Civil Veterinary Department Bengal reports 1933-51 - 1933-1951
Year: 1933
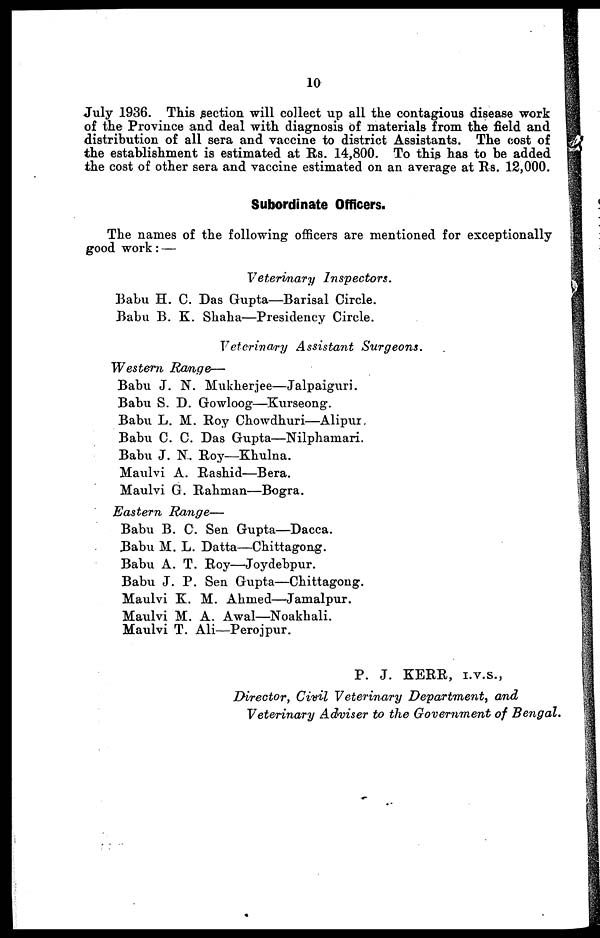
10
July 1936. This section will collect up all the contagious disease work
of the Province and deal with diagnosis of materials from the field and
distribution of all sera and vaccine to district Assistants. The cost of
the establishment is estimated at Rs. 14,800. To this has to be added
the cost of other sera and vaccine estimated on an average at Rs. 12,000.
Subordinate Officers.
The names of the following officers are mentioned for exceptionally
good work: —
Veterinary
Inspectors.
Babu H. C. Das Gupta—Barisal Circle.
Babu B. K. Shaba—Presidency Circle.
Veterinary Assistant
Surgeons.
Western
Range—
Babu J. N. Mukherjee—Jalpaiguri.
Babu S. D. Gowloog—Kurseong.
Babu L. M. Roy Chowdhuri—Alipur
Babu C. C. Das Gupta—Nilphamari.
Babu J. N. Roy—Khulna.
Maulvi A. Rashid—Bera.
Maulvi G. Rahman—Bogra.
Eastern
Range—
Babu B. C. Sen Gupta—Dacca.
Babu M. L. Datta—Chittagong.
Babu A. T. Roy—Joydebpur.
Babu J. P. Sen Gupta—Chittagong.
Maulvi K. M. Ahmed—Jamalpur.
Maulvi M. A. Awal—Noakhali.
Maulvi T. Ali—Perojpur.
P. J. KERR, I.V.S.,
Director, Civil Veterinary Department,
and
Veterinary Adviser to the Government of Bengal.